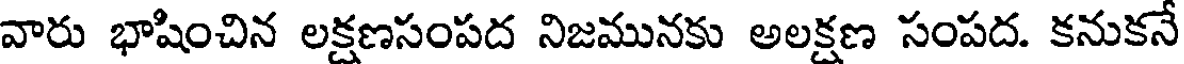
వారు భాషించిన లక్షణసంపద నిజమునకు అలక్షణ సంపద. కనుకనే